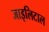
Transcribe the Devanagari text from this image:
जाइलिटाल